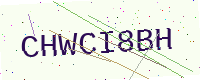
Text: CHWCI8BH